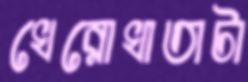
খেরোখাতাটা